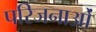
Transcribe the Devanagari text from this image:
परिजनाओं